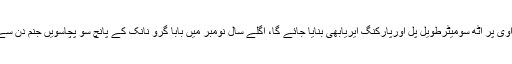
خیال رہے کرتار پور راہداری ایک سال میں مکمل ہوگی، ساڑھے چار کلو میٹر طویل سڑک دریائے راوی پر آٹھ سومیٹرطویل پل اورپارکنگ ایریابھی بنایا جائے گا، اگلے سال نومبر میں بابا گرو نانک کے پانچ سو پچاسویں جنم دن سے پہلے کام مکمل کرلیا جائے گا، جس کے بعدسکھ یاتری بغیر ویزادربار پر حاضری دینے آسکیں گے۔